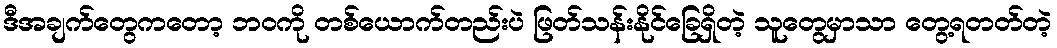
ဒီအချက်တွေကတော့ ဘဝကို တစ်ယောက်တည်းပဲ ဖြတ်သန်းနိုင်ခြေရှိတဲ့ သူတွေမှာသာ တွေ့ရတတ်တဲ့